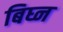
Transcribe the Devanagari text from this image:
बिघ्न